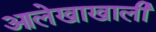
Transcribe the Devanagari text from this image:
आलेखाखाली